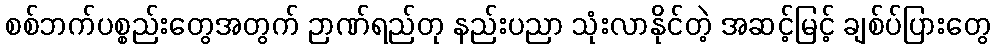
စစ်ဘက်ပစ္စည်းတွေအတွက် ဉာဏ်ရည်တု နည်းပညာ သုံးလာနိုင်တဲ့ အဆင့်မြင့် ချစ်ပ်ပြားတွေ